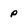
Character: p